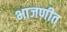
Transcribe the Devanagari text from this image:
भाजणीत